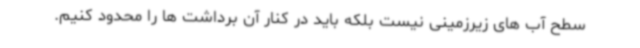
سطح آب های زیرزمینی نیست بلکه باید در کنار آن برداشت ها را محدود کنیم.